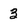
Character: 3